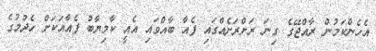
އެހެންކަމުން ރާއްޖޭގެ ގިނަ ރަށްރަށެއްގައި ފެއާ ބާއްވައި އެއީ ކާމިޔާބު ފެއާއަކަށް ހެދުމުގެ